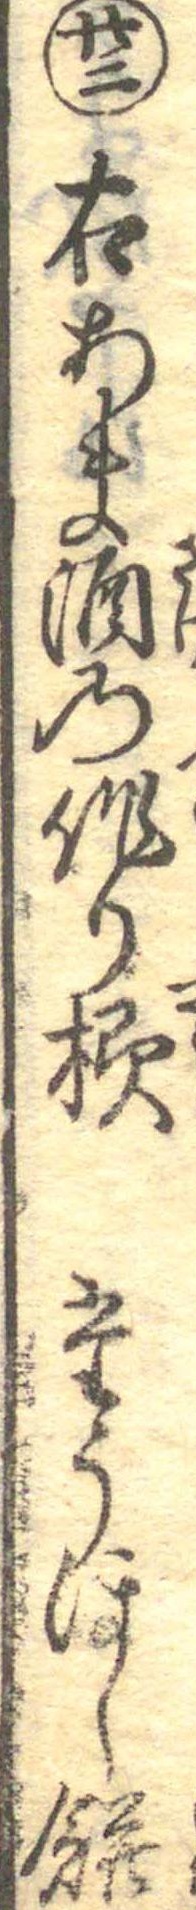
廿二右あま酒の作り様たうほし餅